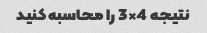
نتیجه 4×3 را محاسبه کنید